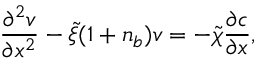
\frac { \partial ^ { 2 } v } { \partial x ^ { 2 } } - \tilde { \xi } ( 1 + n _ { b } ) v = - \Tilde { \chi } \frac { \partial c } { \partial x } ,